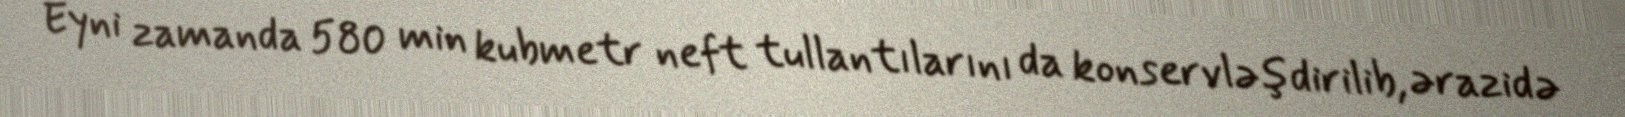
Eyni zamanda 580 min kubmetr neft tullantılarını da konservləşdirilib, ərazidə